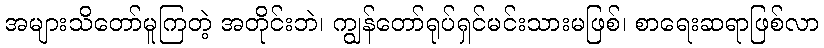
အများသိတော်မူကြတဲ့ အတိုင်းဘဲ၊ ကျွန်တော်ရုပ်ရှင်မင်းသားမဖြစ်၊ စာရေးဆရာဖြစ်လာ